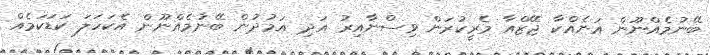
ބޭނުމެއްނޫން އަނެއްކާ ޖޭޒްއާ މެރީކުރަން ވިސްނާއިރު އަދި އަމުދުން ބޭނުމެއްނޫން އެކަހަލަ ކަޑަކަމެއް